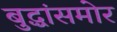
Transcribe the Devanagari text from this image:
बुद्धांसमोर